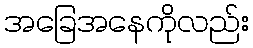
အခြေအနေကိုလည်း